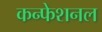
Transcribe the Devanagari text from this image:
कन्फेशनल